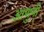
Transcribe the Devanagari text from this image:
आणुनी